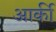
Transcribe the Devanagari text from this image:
आर्की